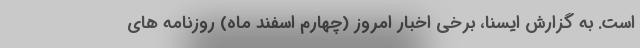
است. به گزارش ایسنا، برخی اخبار امروز (چهارم اسفند ماه) روزنامه های